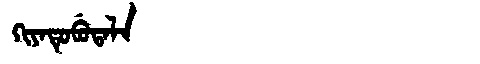
Manchu: ᡴᡳᠶᠠᡨᡠᠪᡠᡨᠠᠯᠠ
Romanization: KIYATUBUTALA